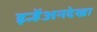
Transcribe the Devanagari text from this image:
इन्हेंअनदेखा